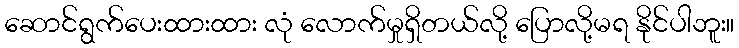
ဆောင်ရွက်ပေးထားထား လုံ လောက်မှုရှိတယ်လို့ ပြောလို့မရ နိုင်ပါဘူး။